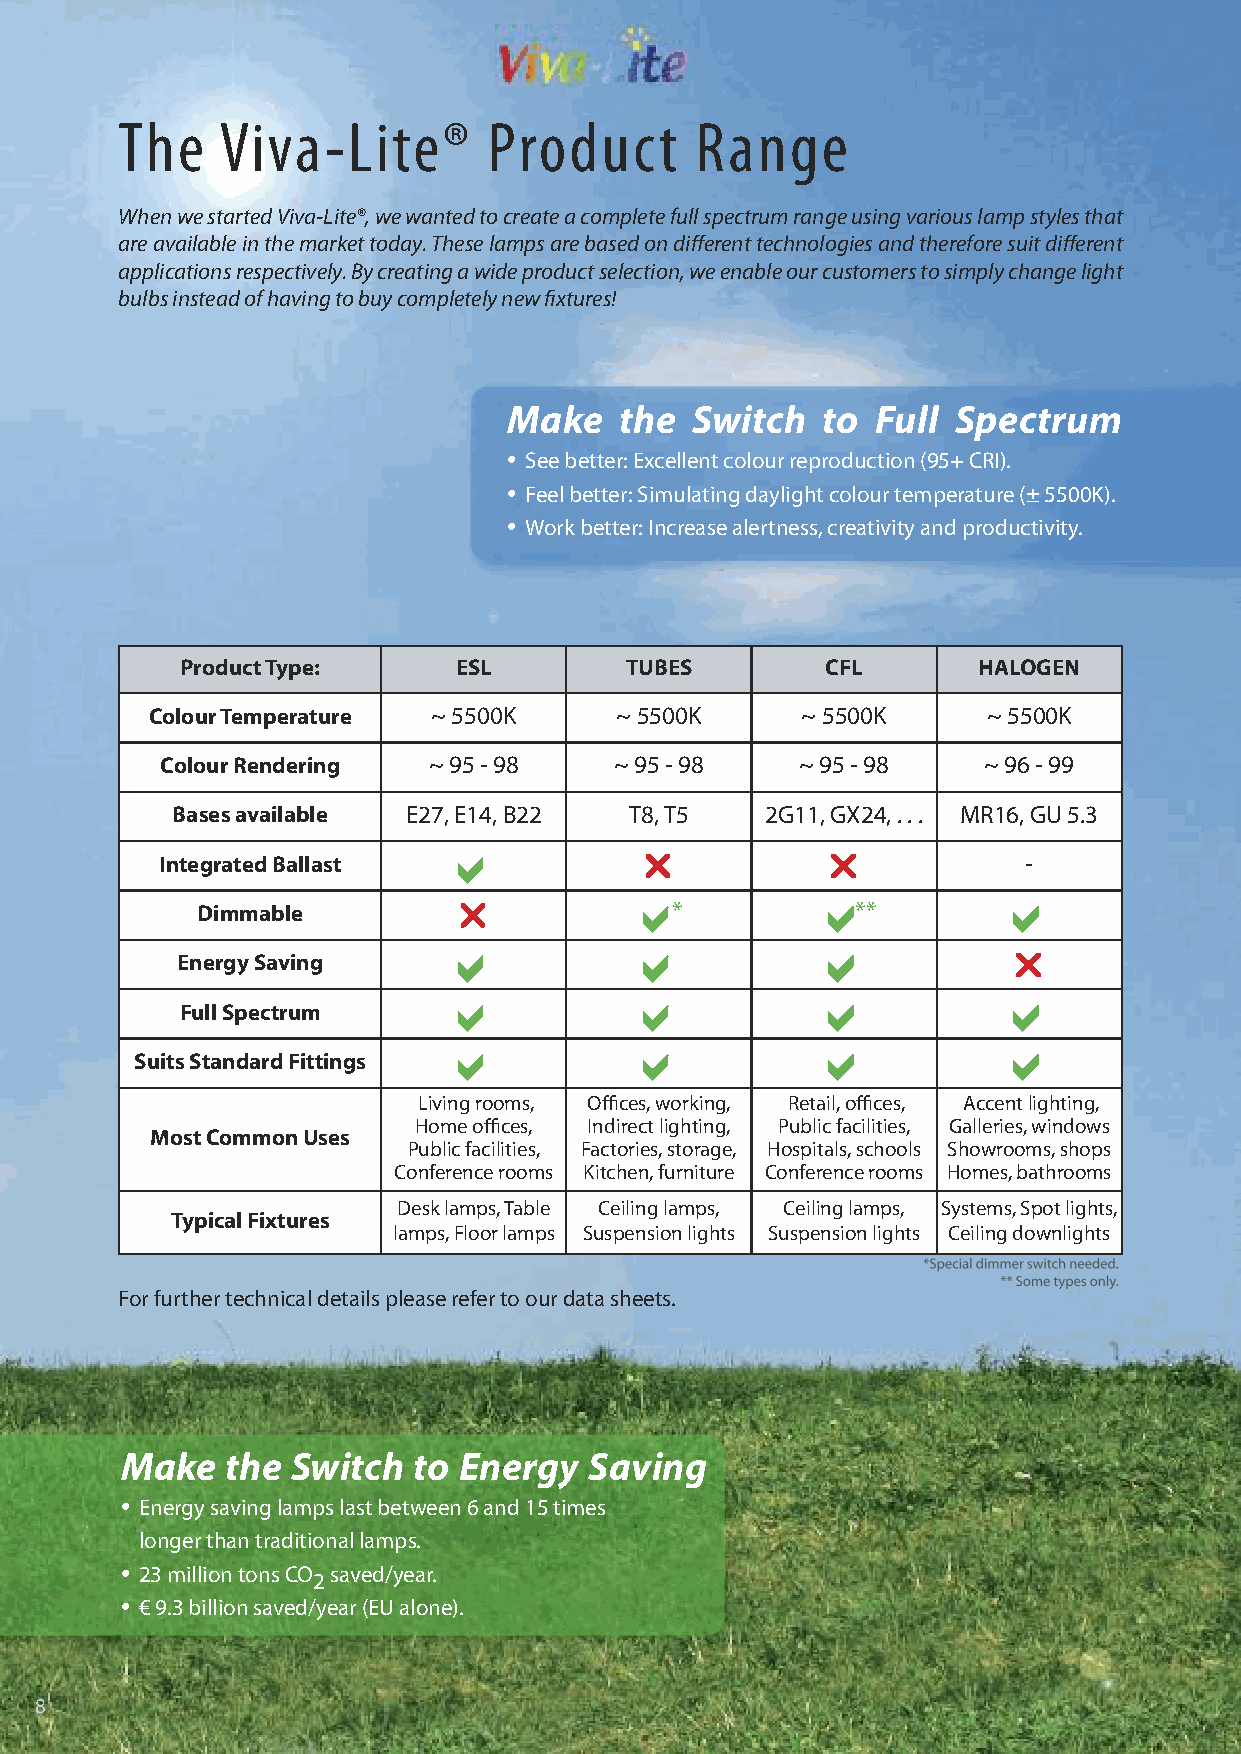
The    Viva-Lite®       Product       Range
 When we started Viva-Lite®, we wanted to create a complete full spectrum range using various lamp styles that
 are available in the market today. These lamps are based on different technologies and therefore suit different
 applications respectively. By creating a wide product selection, we enable our customers to simply change light
 bulbs instead of having to buy completely new fixtures!
 Make   the  Switch  to  Full Spectrum
 •
 See better: Excellent colour reproduction (95+ CRI).
 •
 Feel better: Simulating daylight colour temperature (± 5500K).
 •
 Work better: Increase alertness, creativity and productivity.
 Product Type:     ESL        TUBES         CFL       HALOGEN
 Colour Temperature ~ 5500K     ~ 5500K     ~ 5500K     ~ 5500K
 Colour Rendering ~ 95 - 98    ~ 95 - 98   ~ 95 - 98   ~ 96 - 99
 Bases available E27, E14, B22  T8, T5   2G11, GX24, . . . MR16, GU 5.3
 Integrated Ballast a           r            r            -
 a           a           a
 Dimmable         r             *            **
 a            a           a
 Energy Saving                                          r
 a            a           a           a
 Full Spectrum
 a            a           a           a
 Suits Standard Fittings
 Living rooms, Offices, working, Retail, offices, Accent lighting,
 Home offices, Indirect lighting, Public facilities, Galleries, windows
 Most Common Uses
 Public facilities, Factories, storage, Hospitals, schools Showrooms, shops
 Conference rooms Kitchen, furniture Conference rooms Homes, bathrooms
 Desk lamps, Table Ceiling lamps, Ceiling lamps, Systems, Spot lights,
 Typical Fixtures
 lamps, Floor lamps Suspension lights Suspension lights Ceiling downlights
 For further technical details please refer to our data sheets.
 Make   the Switch  to Energy   Saving
 •
 Energy saving lamps last between 6 and 15 times
 longer than traditional lamps.
 •
 23 million tons CO saved/year.
 2
 •
 € 9.3 billion saved/year (EU alone).
 8